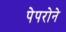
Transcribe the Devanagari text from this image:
पेपरोने